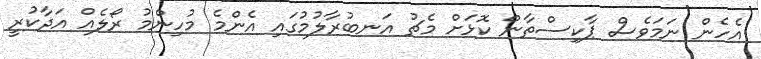
އެހެން ނަމަވެސް ޕާކިސްތާން ކޮޅަށް މެޗު އަނބުރާލުމުގައި އެންމެ މުހިންމު ރޯލެއް އަދާކުރީ